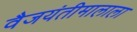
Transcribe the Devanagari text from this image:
वैजयंतीमालाला